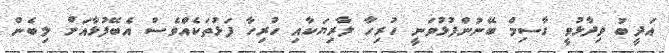
އަދީބު ވިދާޅުވީ ގާސިމް ބޭނުންފުޅުވަނީ ހުރިހާ ލާރިޔަކާއި ހުރިހާ ފަޅުތަކެއްވެސް އެބޭފުޅާއަށް ލިބެން